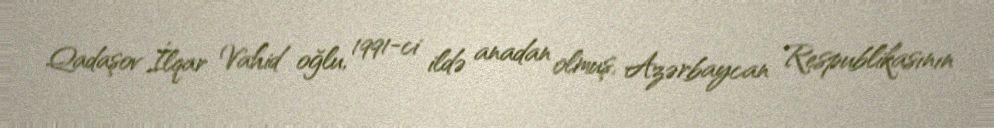
Qadaşov İlqar Vahid oğlu, 1991-ci ildə anadan olmuş, Azərbaycan Respublikasının